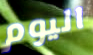
اليوم